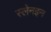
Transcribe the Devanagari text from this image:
स्लेनइन